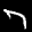
Label: 7